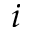
i